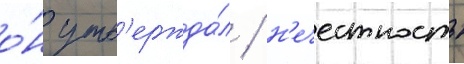
о́н утв'ержда́л / н'ечестность